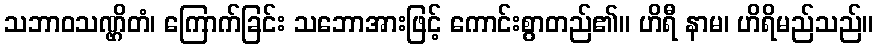
သဘာဝသဏ္ဌိတံ၊ ကြောက်ခြင်း သဘောအားဖြင့် ကောင်းစွာတည်၏။ ဟိရီ နာမ၊ ဟိရိမည်သည်။